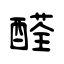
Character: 醛